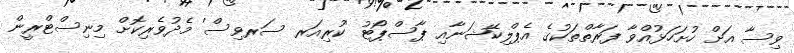
ވިސާ އަށް ހުށަހަޅުއްވާ ފަރާތްތަކުގެ އެޕްލިކޭޝަނާއި ޕާސްޕޯޓު 'ކުރިއަރ ސަރވިސް' މެދުވެރިކޮށް މިނިސްޓްރީން